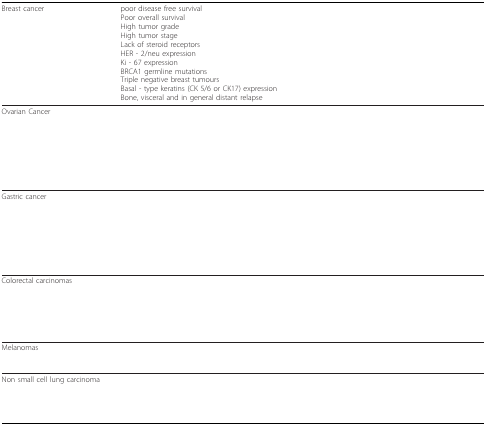
<table><thead><tr><td><b>Breast cancer</b></td><td><b>poor disease free survivalPoor overall survivalHigh tumor gradeHigh tumor stageLack of steroid receptorsHER - 2/neu expressionKi - 67 expressionBRCA1 germline mutationsTriple negative breast tumoursBasal - type keratins (CK 5/6 or CK17) expressionBone, visceral and in general distant relapse</b></td></tr></thead><tbody><tr><td>Ovarian Cancer</td><td>[EMPTY_CELL]</td></tr><tr><td>Gastric cancer</td><td>[EMPTY_CELL]</td></tr><tr><td>Colorectal carcinomas</td><td>[EMPTY_CELL]</td></tr><tr><td>Melanomas</td><td>[EMPTY_CELL]</td></tr><tr><td>Non small cell lung carcinoma</td><td>[EMPTY_CELL]</td></tr></tbody></table>